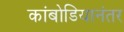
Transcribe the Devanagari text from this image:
कांबोडियानंतर